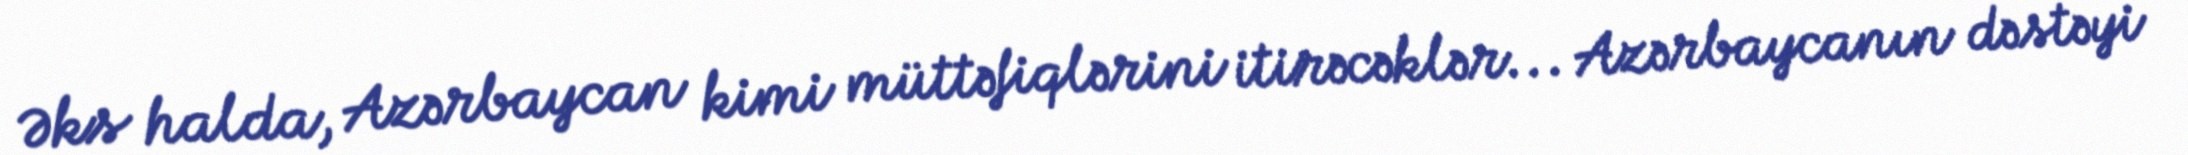
Əks halda, Azərbaycan kimi müttəfiqlərini itirəcəklər... Azərbaycanın dəstəyi